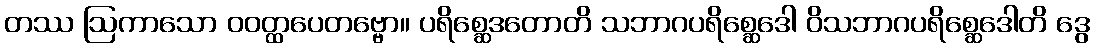
တဿ ဩကာသော ဝဝတ္ထပေတဗ္ဗော။ ပရိစ္ဆေဒတောတိ သဘာဂပရိစ္ဆေဒေါ ဝိသဘာဂပရိစ္ဆေဒေါတိ ဒွေ